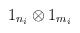
\begin{align*}1_{n_{i}}\otimes 1_{m_{i}}\end{align*}